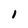
Character: i